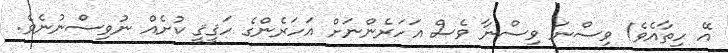
އޭ ހިތާއެވެ! ވިސްނަ ވިސްނާ ވެސް އަހަރެންނަށް އަހަރެންގެ ހަޤީޤީ ކުށެއް ނުވިސްނުނެވެ.